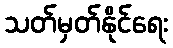
သတ်မှတ်နိုင်ရေး